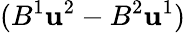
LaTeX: (B^{1}\mathbf{u}^{2}-B^{2}\mathbf{u}^{1})